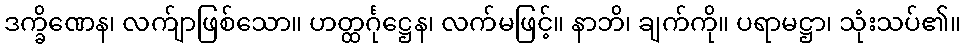
ဒက္ခိဏေန၊ လက်ျာဖြစ်သော။ ဟတ္ထင်္ဂုဋ္ဌေန၊ လက်မဖြင့်။ နာဘိ၊ ချက်ကို။ ပရာမဋ္ဌာ၊ သုံးသပ်၏။